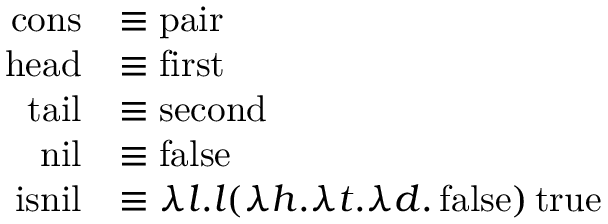
{ \begin{array} { r l } { \operatorname { c o n s } } & { \equiv \operatorname { p a i r } } \\ { \operatorname { h e a d } } & { \equiv \operatorname { f i r s t } } \\ { \operatorname { t a i l } } & { \equiv \operatorname { s e c o n d } } \\ { \operatorname { n i l } } & { \equiv \operatorname { f a l s e } } \\ { \operatorname { i s n i l } } & { \equiv \lambda l . l ( \lambda h . \lambda t . \lambda d . \operatorname { f a l s e } ) \operatorname { t r u e } } \end{array} }